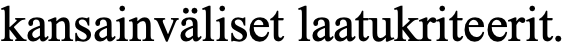
kansainväliset laatukriteerit.